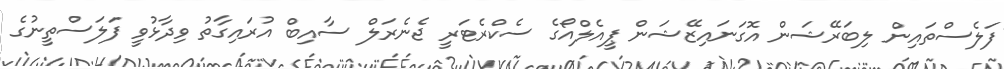
ފަލެސްތައިން ލިބަރޭޝަން އޮގަނައިޒޭޝަން ޕީއެލްއޯގެ ސެކްރެޓަރީ ޖެނެރަލް ސާއިބް އުރައިގާތު ވިދާޅުވީ ފަލަސްތީނުގެ